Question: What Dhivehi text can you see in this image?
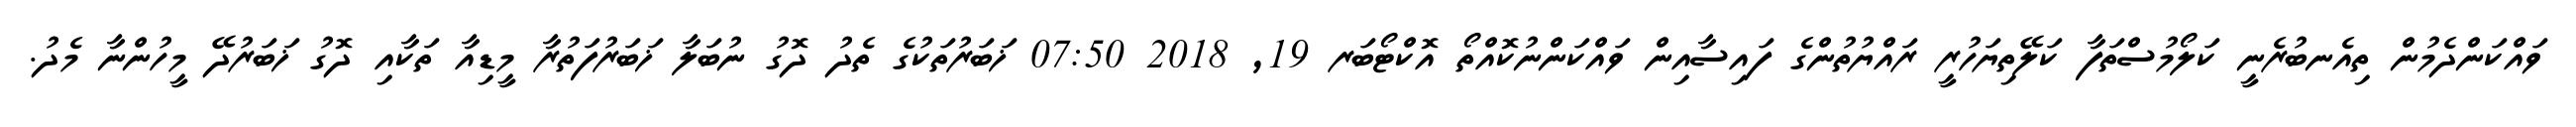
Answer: ވައްކަންދެމުން ތިއެނބުރެނީ ކަލޯމުސްތަފާ ކަލޭތިޔަހުރީ ރައްޔުތުންގެ ފައިސާއިން ވައްކަންނުކޮއްތޯ އޮކްޓޯބަރ 19, 2018 07:50 ޚަބަރުތަކުގެ ތެދު ދޮގު ނުބަލާ ޚަބަރުފަތުރާ މީޑިއާ ތަކާއި ދޮގު ޚަބަރުދޭ މީހުންނާ މެދު.